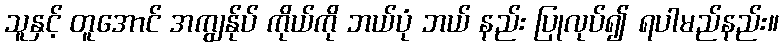
သူနှင့် တူအောင် အကျွန်ုပ် ကိုယ်ကို ဘယ်ပုံ ဘယ် နည်း ပြုလုပ်၍ ရပါမည်နည်း။